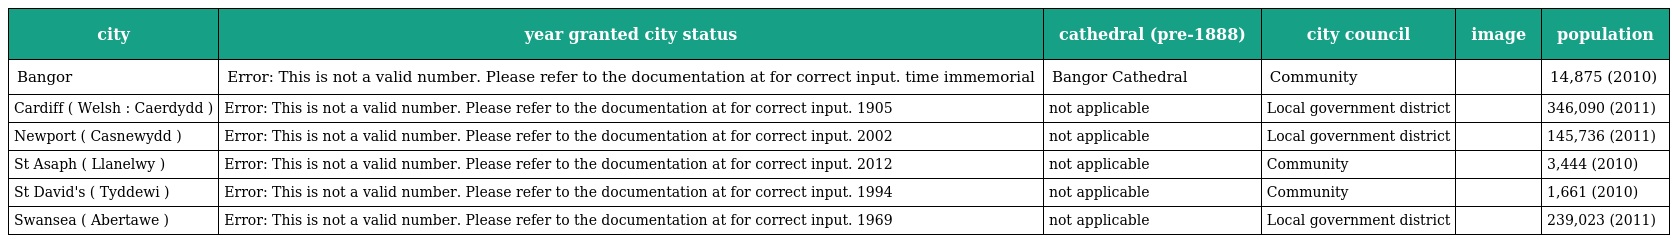
| city | year granted city status | cathedral (pre-1888) | city council | image | population |
 | --- | --- | --- | --- | --- | --- |
 | Bangor | Error: This is not a valid number. Please refer to the documentation at for correct input. time immemorial | Bangor Cathedral | Community |  | 14,875 (2010) |
 | Cardiff ( Welsh : Caerdydd ) | Error: This is not a valid number. Please refer to the documentation at for correct input. 1905 | not applicable | Local government district |  | 346,090 (2011) |
 | Newport ( Casnewydd ) | Error: This is not a valid number. Please refer to the documentation at for correct input. 2002 | not applicable | Local government district |  | 145,736 (2011) |
 | St Asaph ( Llanelwy ) | Error: This is not a valid number. Please refer to the documentation at for correct input. 2012 | not applicable | Community |  | 3,444 (2010) |
 | St David's ( Tyddewi ) | Error: This is not a valid number. Please refer to the documentation at for correct input. 1994 | not applicable | Community |  | 1,661 (2010) |
 | Swansea ( Abertawe ) | Error: This is not a valid number. Please refer to the documentation at for correct input. 1969 | not applicable | Local government district |  | 239,023 (2011) |